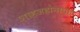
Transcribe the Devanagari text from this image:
शाहजहांनाबाद